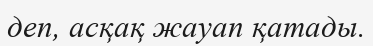
деп, асқақ жауап қатады.